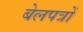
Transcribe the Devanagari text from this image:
बेलपत्रों